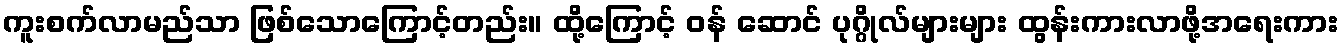
ကူးစက်လာမည်သာ ဖြစ်သောကြောင့်တည်း။ ထို့ကြောင့် ဝန် ဆောင် ပုဂ္ဂိုလ်များများ ထွန်းကားလာဖို့အရေးကား